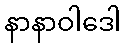
နာနာဝါဒေါ